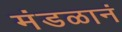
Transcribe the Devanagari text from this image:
मंडळानं